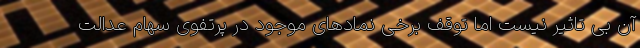
آن بی تاثیر نیست اما توقف برخی نمادهای موجود در پرتفوی سهام عدالت